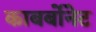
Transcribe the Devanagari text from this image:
काबर्बोनेट